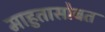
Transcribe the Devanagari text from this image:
माहुतासोबत